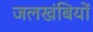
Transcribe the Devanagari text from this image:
जलखंबियों